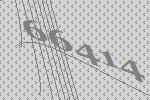
66414